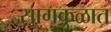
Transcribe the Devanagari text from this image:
सागकुळात